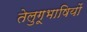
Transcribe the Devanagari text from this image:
तेलुगूभाषियों